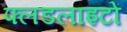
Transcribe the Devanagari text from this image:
फ्लडलाइटों